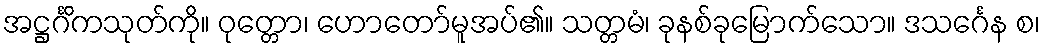
အဋ္ဌင်္ဂိကသုတ်ကို။ ဝုတ္တော၊ ဟောတော်မူအပ်၏။ သတ္တမံ၊ ခုနစ်ခုမြောက်သော။ ဒသင်္ဂေန စ၊